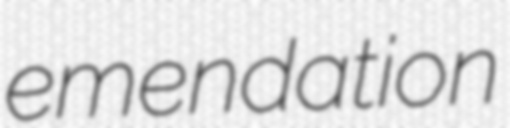
emendation